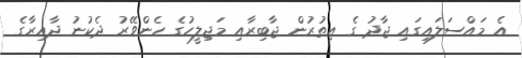
އެ މައްސަލައިގައި ޖާދު ގެ އިތުރުން ޖާބިރާއި މަޖިލީހުގެ ހެންވޭރު ދެކުނު ދާއިރާގެ